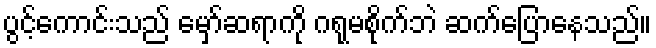
ပွင့်ကောင်းသည် မှော်ဆရာကို ဂရုမစိုက်ဘဲ ဆက်ပြောနေသည်။